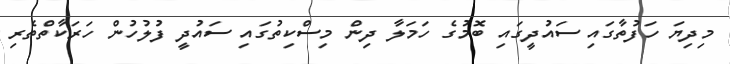
މިދިޔަ ހަފުތާގައި ސައުދީގައި ބޮމުގެ ހަމަލާ ދިން މިސްކިތުގައި ސައުދީ ފުލުހުން ހަރަކާތްތެރި